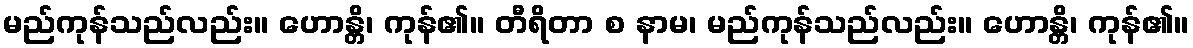
မည်ကုန်သည်လည်း။ ဟောန္တိ၊ ကုန်၏။ တီရိတာ စ နာမ၊ မည်ကုန်သည်လည်း။ ဟောန္တိ၊ ကုန်၏။